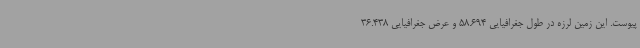
پیوست. این زمین لرزه در طول جغرافیایی 58.694 و عرض جغرافیایی 36.438